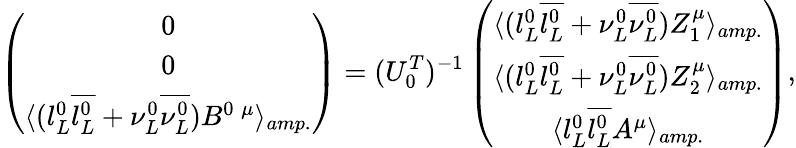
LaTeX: \left(\begin{array}{c}{{0}}\\ {{0}}\\ {{\langle(l_{L}^{0}\overline{{{l_{L}^{0}}}}+\nu_{L}^{0}\overline{{{\nu_{L}^{0}}}}){B}^{0\; \mu}\rangle_{amp.}}}\end{array}\right)=(U_{0}^{T})^{-1}\left(\begin{array}{c}{{\langle(l_{L}^{0}\overline{{{l_{L}^{0}}}}+\nu_{L}^{0}\overline{{{\nu_{L}^{0}}}}){Z}_{1}^{\mu}\rangle_{amp.}}}\\ {{\langle(l_{L}^{0}\overline{{{l_{L}^{0}}}}+\nu_{L}^{0}\overline{{{\nu_{L}^{0}}}}){Z}_{2}^{\mu}\rangle_{amp.}}}\\ {{\langle l_{L}^{0}\overline{{{l_{L}^{0}}}}{A}^{\mu}\rangle_{amp.}}}\end{array}\right),